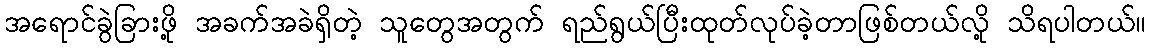
အရောင်ခွဲခြားဖို့ အခက်အခဲရှိတဲ့ သူတွေအတွက် ရည်ရွယ်ပြီးထုတ်လုပ်ခဲ့တာဖြစ်တယ်လို့ သိရပါတယ်။